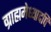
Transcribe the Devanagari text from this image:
ग्राह्ममेध्यादपि